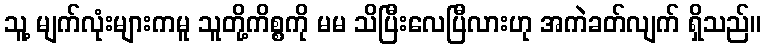
သူ့ မျက်လုံးများကမူ သူတို့ကိစ္စကို မမ သိပြီးလေပြီလားဟု အကဲခတ်လျက် ရှိသည်။